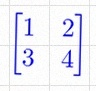
\begin{bmatrix}1&2\\3&4\end{bmatrix}